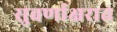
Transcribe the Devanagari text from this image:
सुवर्णाक्षरात